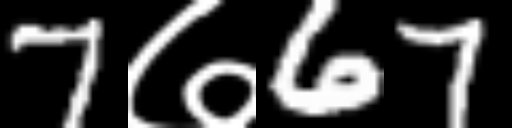
Text: 7७67